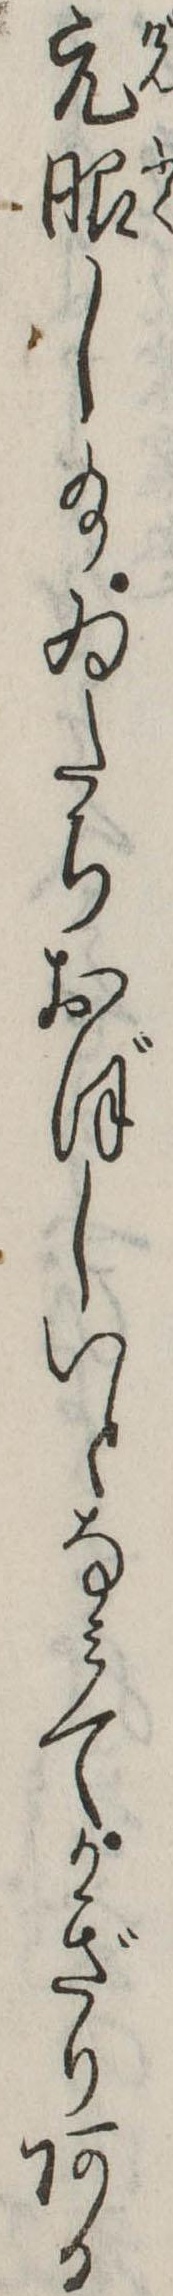
元服し給ゐたちおぼしいとなみてかぎりある